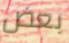
بعض